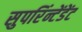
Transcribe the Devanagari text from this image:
सुपरिंन्टेंडेंट